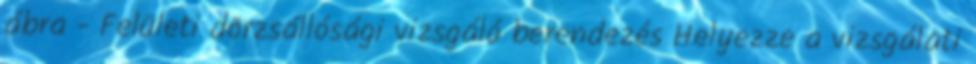
ábra - Felületi dörzsállósági vizsgáló berendezés Helyezze a vizsgálati